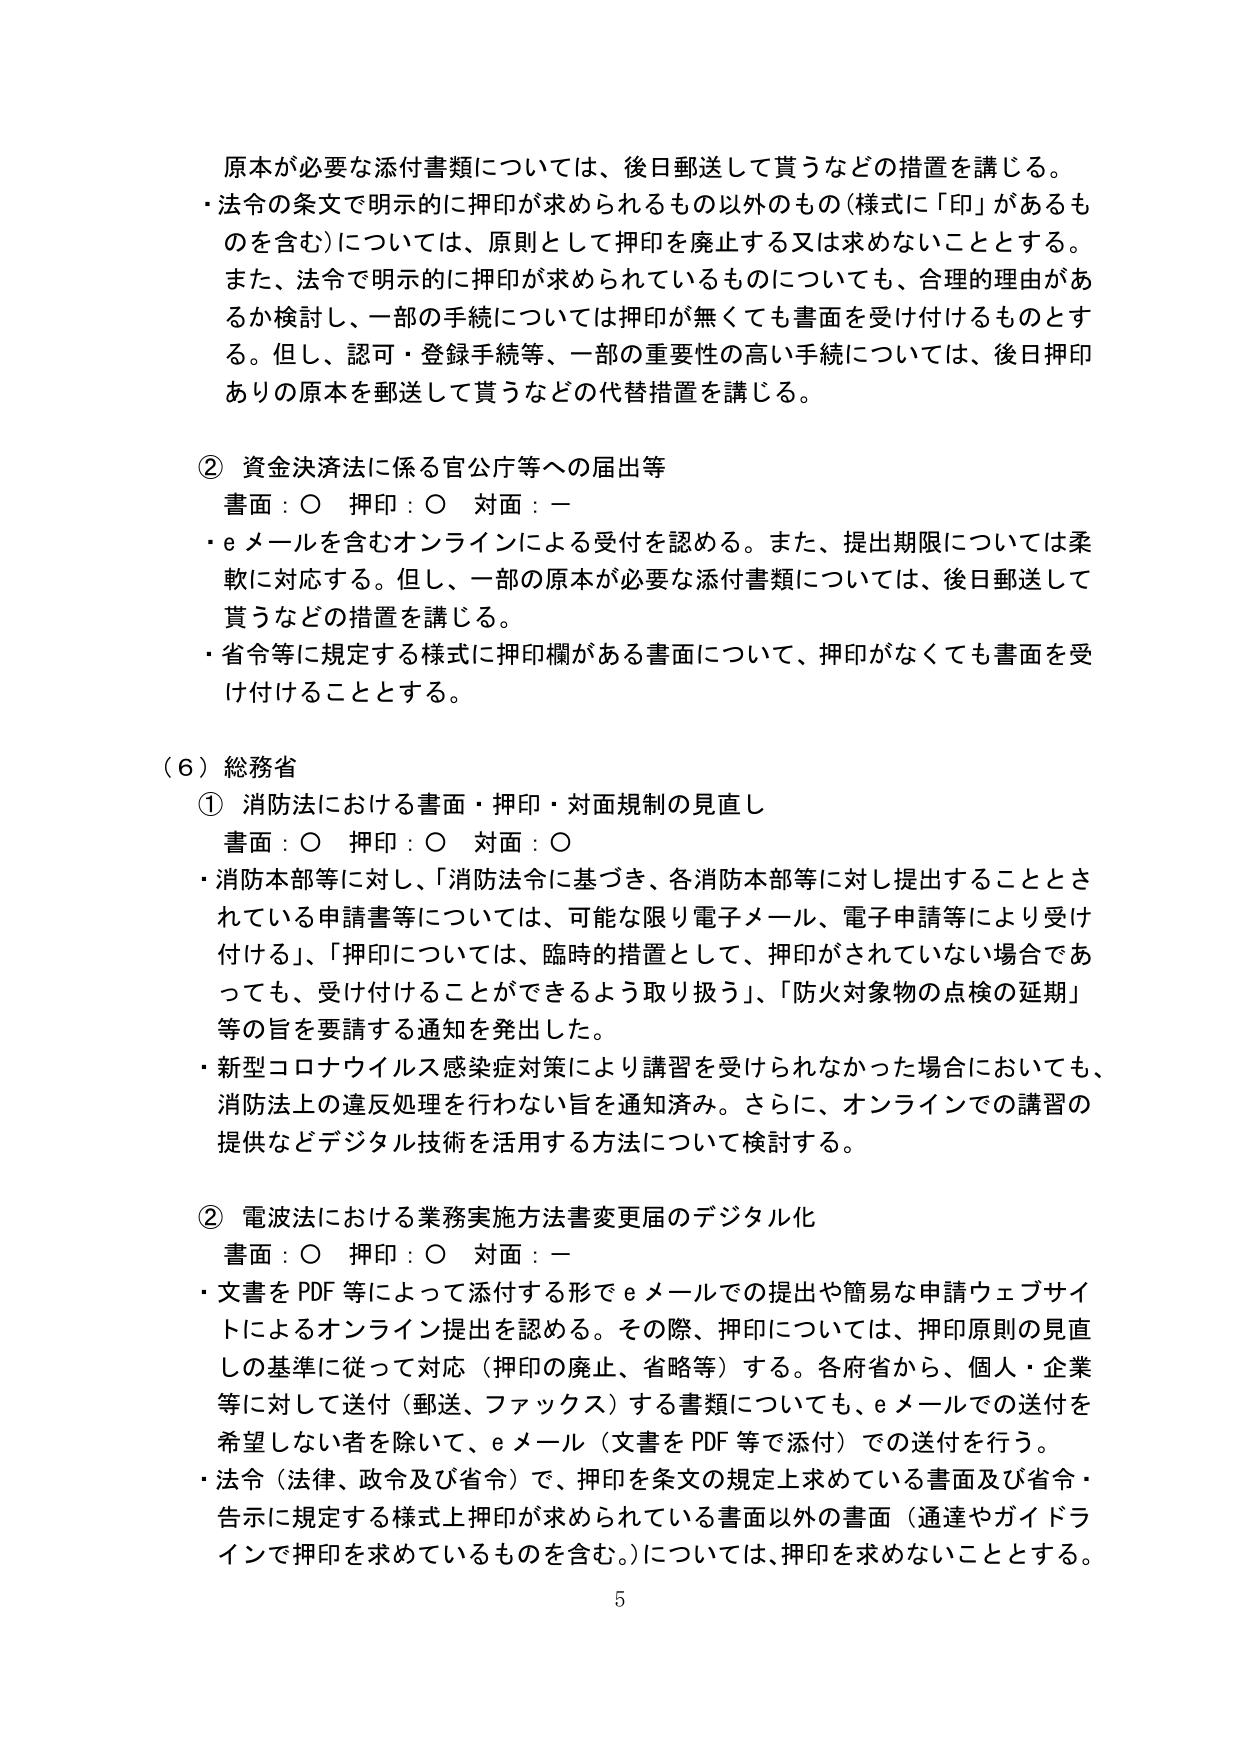
原本が必要な添付書類については、後日郵送して貰うなどの措置を講じる。
・法令の条文で明示的に押印が求められるもの以外のもの（様式に「印」があるものも含む）については、原則として押印を廃止する又は求めないこととする。また、法令で明示的に押印が求められているものについても、合理的理由があるか検討し、一部の手続については押印が無くても書面を受け付けるものとする。但し、認可・登録手続等、一部の重要性の高い手続については、後日押印ありの原本を郵送して貰うなどの代替措置を講じる。

② 資金決済法に係る官公庁等への届出等
書面：○ 押印：○ 対面：ー
・eメールを含むオンラインによる受付を認める。また、提出期限については柔軟に対応する。但し、一部の原本が必要な添付書類については、後日郵送して貰うなどの措置を講じる。
・省令等に規定する様式に押印欄がある書面について、押印がなくても書面を受け付けることとする。

（６）総務省
① 消防法における書面・押印・対面規制の見直し
書面：○ 押印：○ 対面：○
・消防本部等に対し、「消防法令に基づき、各消防本部等に対し提出することとされている申請書等については、可能な限り電子メール、電子申請等により受け付ける」、「押印については、臨時の措置として、押印がされていない場合であっても、受け付けることができるよう取り扱う」、「防火対象物の点検の延期」等の旨を要請する通知を発出した。
・新型コロナウイルス感染症対策により講習を受けられなかった場合においても、消防法上の違反処理を行わない旨を通知済み。さらに、オンラインでの講習の提供などデジタル技術を活用する方法について検討する。

② 電波法における業務実施方法書変更届のデジタル化
書面：○ 押印：○ 対面：ー
・文書をPDF等によって添付する形でeメールでの提出や簡易な申請ウェブサイトによるオンライン提出を認める。その際、押印については、押印原則の見直しの基準に従って対応（押印の廃止、省略等）する。各府省から、個人・企業等に対して送付（郵送、ファックス）する書類についても、eメールでの送付を希望しない者を除いて、eメール（文書をPDF等で添付）での送付を行う。
・法令（法律、政令及び省令）で、押印を条文の規定上求めている書面及び省令・告示に規定する様式上押印が求められている書面以外の書面（通達やガイドラインで押印を求めているものを含む。）については、押印を求めないこととする。

5